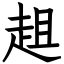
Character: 趄